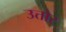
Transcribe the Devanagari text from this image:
उत्तोर